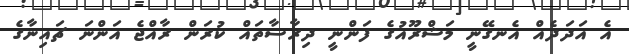
އެ އަދަދެއް އެނގޭނީ މަޝްރޫއުގެ ފަންނީ ދިރާސާތައް ކުރަން ރާއްޖެ އަންނަ ޗައިނާގެ